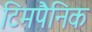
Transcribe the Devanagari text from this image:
टिमपैनिक